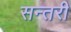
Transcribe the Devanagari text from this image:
सन्तरी